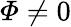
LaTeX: \varPhi\neq 0